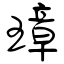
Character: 璋